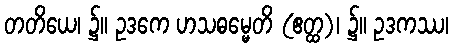
တတိယေ၊ ၌။ ဥဒကေ ဟသဓမ္မေတိ (ဧတ္ထ)၊ ၌။ ဥဒကဿ၊